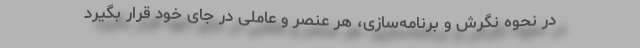
در نحوه نگرش و برنامه‌سازی، هر عنصر و عاملی در جای خود قرار بگیرد